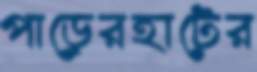
পাড়েরহাটের